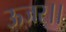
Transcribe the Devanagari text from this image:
ऊजर।।